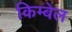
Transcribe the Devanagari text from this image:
किम्बेल